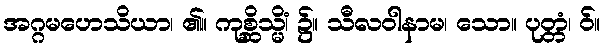
အဂ္ဂမဟေသိယာ၊ ၏။ ကုစ္ဆိသ္မိံ၊ ၌။ သီလဝါနာမ၊ သော။ ပုတ္တံ၊ ဝ်။